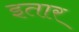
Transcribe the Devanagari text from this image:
इतार